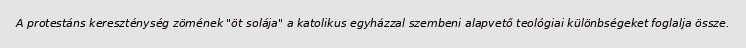
A protestáns kereszténység zömének "öt solája" a katolikus egyházzal szembeni alapvető teológiai különbségeket foglalja össze.